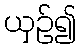
ယှဉ်၍